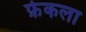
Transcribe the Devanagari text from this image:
फ़ेकला